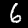
Digit: 6